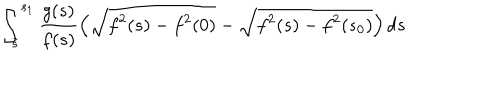
\int _ { \tilde { s } } ^ { s _ { 1 } } \frac { g ( s ) } { f ( s ) } \left( \sqrt { f ^ { 2 } ( s ) - f ^ { 2 } ( 0 ) } - \sqrt { f ^ { 2 } ( s ) - f ^ { 2 } ( s _ { 0 } ) } \right) d s